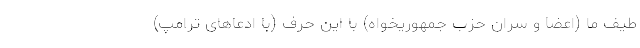
طیف ما (اعضا و سران حزب جمهوریخواه) با این حرف (با ادعاهای ترامپ)